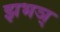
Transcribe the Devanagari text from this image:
झभञ्